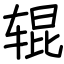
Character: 辊